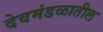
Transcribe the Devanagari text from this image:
देवमंडळातील